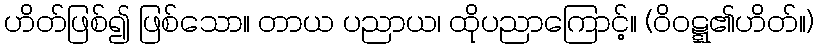
ဟိတ်ဖြစ်၍ ဖြစ်သော။ တာယ ပညာယ၊ ထိုပညာကြောင့်။ (ဝိဝဋ္ဋ၏ဟိတ်။)